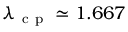
\lambda _ { \mathrm { ~ c ~ p ~ } } \simeq 1 . 6 6 7